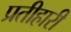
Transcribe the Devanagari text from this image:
प्रतीहारी